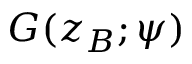
G ( z _ { B } ; \psi )